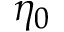
\eta _ { 0 }